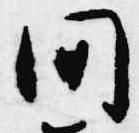
間